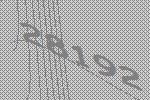
28192